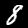
Digit: 8